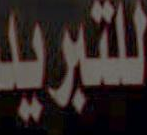
للتبريد